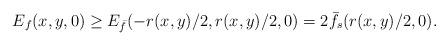
LaTeX: \begin{align*}E_f(x,y,0)\geq E_{\bar f}(-r(x,y)/2,r(x,y)/2,0)=2\bar f_s(r(x,y)/2,0).\end{align*}